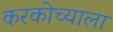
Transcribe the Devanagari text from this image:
करकोच्याला